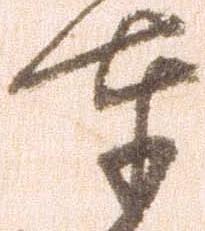
奉